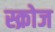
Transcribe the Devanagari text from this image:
स्क्रोज